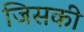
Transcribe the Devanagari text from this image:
जिसकीे